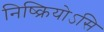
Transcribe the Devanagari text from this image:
निष्क्रियोऽसि